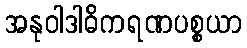
အနုဝါဒါဓိကရဏပစ္စယာ